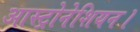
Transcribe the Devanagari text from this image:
आस्ट्रोनेशियन।